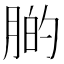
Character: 𦝂